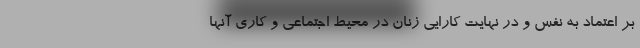
بر اعتماد به نفس و در نهایت کارایی زنان در محیط اجتماعی و کاری آنها